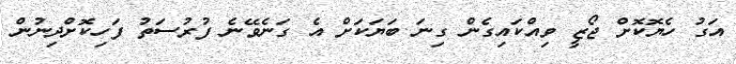
އަގު ހެޔޮކޮށް ޖޯޒީ ވިއްކައިގެން ގިނަ ބަޔަކަށް އެ ގަނެވޭނެ ފުރުސަތު ފަހިކޮށްދިނުން